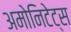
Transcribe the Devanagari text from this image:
अमोनिटेट्स